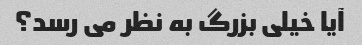
آیا خیلی بزرگ به نظر می رسد؟